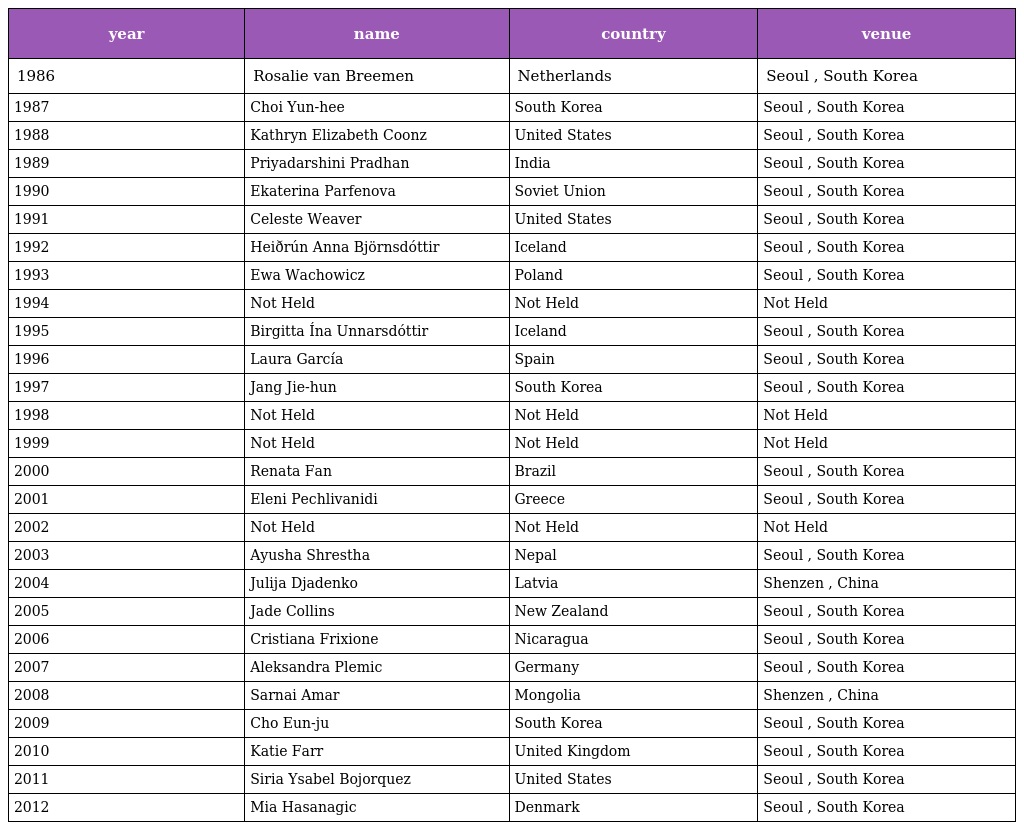
| year | name | country | venue |
 | --- | --- | --- | --- |
 | 1986 | Rosalie van Breemen | Netherlands | Seoul , South Korea |
 | 1987 | Choi Yun-hee | South Korea | Seoul , South Korea |
 | 1988 | Kathryn Elizabeth Coonz | United States | Seoul , South Korea |
 | 1989 | Priyadarshini Pradhan | India | Seoul , South Korea |
 | 1990 | Ekaterina Parfenova | Soviet Union | Seoul , South Korea |
 | 1991 | Celeste Weaver | United States | Seoul , South Korea |
 | 1992 | Heiðrún Anna Björnsdóttir | Iceland | Seoul , South Korea |
 | 1993 | Ewa Wachowicz | Poland | Seoul , South Korea |
 | 1994 | Not Held | Not Held | Not Held |
 | 1995 | Birgitta Ína Unnarsdóttir | Iceland | Seoul , South Korea |
 | 1996 | Laura García | Spain | Seoul , South Korea |
 | 1997 | Jang Jie-hun | South Korea | Seoul , South Korea |
 | 1998 | Not Held | Not Held | Not Held |
 | 1999 | Not Held | Not Held | Not Held |
 | 2000 | Renata Fan | Brazil | Seoul , South Korea |
 | 2001 | Eleni Pechlivanidi | Greece | Seoul , South Korea |
 | 2002 | Not Held | Not Held | Not Held |
 | 2003 | Ayusha Shrestha | Nepal | Seoul , South Korea |
 | 2004 | Julija Djadenko | Latvia | Shenzen , China |
 | 2005 | Jade Collins | New Zealand | Seoul , South Korea |
 | 2006 | Cristiana Frixione | Nicaragua | Seoul , South Korea |
 | 2007 | Aleksandra Plemic | Germany | Seoul , South Korea |
 | 2008 | Sarnai Amar | Mongolia | Shenzen , China |
 | 2009 | Cho Eun-ju | South Korea | Seoul , South Korea |
 | 2010 | Katie Farr | United Kingdom | Seoul , South Korea |
 | 2011 | Siria Ysabel Bojorquez | United States | Seoul , South Korea |
 | 2012 | Mia Hasanagic | Denmark | Seoul , South Korea |